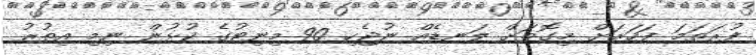
ފުރަތަމަ ފަހަރަށް މިގޮތަށް ލަނޑެއް ނުޖެހި 90 މިނިޓުގެ ކުޅުން ނިމި އިތުރު